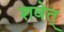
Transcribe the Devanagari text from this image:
शवेत्